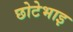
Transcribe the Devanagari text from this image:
छोटेभाइ